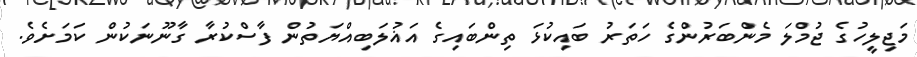
މަޖިލީހުގެ ޖުމްލަ މެންބަރުންގެ ހަތަރު ބައިކުޅަ ތިންބައިގެ އަޣުލަބިއްޔަތުން ފާސްކުރާ ގާނޫނަކުން ކަމަށެވެ.